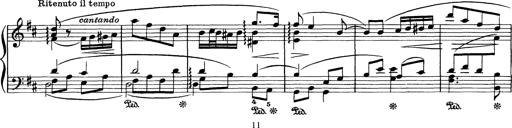
Title: Aus Lohengrin
Composer: Franz Liszt